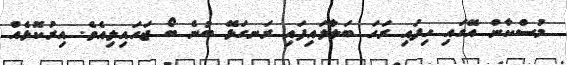
މުސްކާން އޭގައި ހިފައި ރަހަ ބަލާލައިފައި ރަނގަޅޭ ބުނެ ބޯ ޖަހައިލިއެވެ. އިރުކޮޅެއް